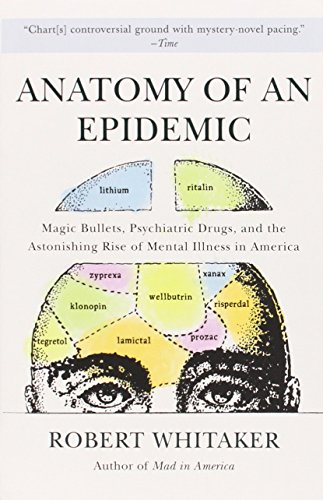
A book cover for Anatomy of an Epidemic: Magic Bullets, Psychiatric Drugs, and the Astonishing Rise of Mental Illness in America; Robert Whitaker; Medical Books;